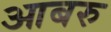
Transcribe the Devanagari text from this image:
आबरु